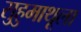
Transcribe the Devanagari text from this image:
सुहुमाथूला